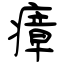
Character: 瘴